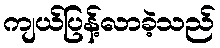
ကျယ်ပြန့်လာခဲ့သည်